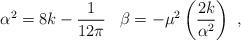
LaTeX: \begin{align*}\alpha ^2=8k-\frac{1}{12\pi}\,\,\,\,\, \beta =-\mu ^2\left(\frac{2k}{\alpha^2}\right)\,\, ,\end{align*}